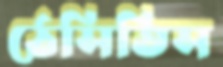
ঠেসিতিস